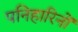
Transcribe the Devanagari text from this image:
पनिहारिनों